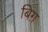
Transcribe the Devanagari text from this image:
बिग़